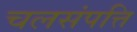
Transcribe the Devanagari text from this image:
चलसंपत्ति